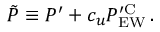
\tilde { P } \equiv P ^ { \prime } + c _ { u } P _ { \mathrm { E W } } ^ { \prime \mathrm { C } } \, .